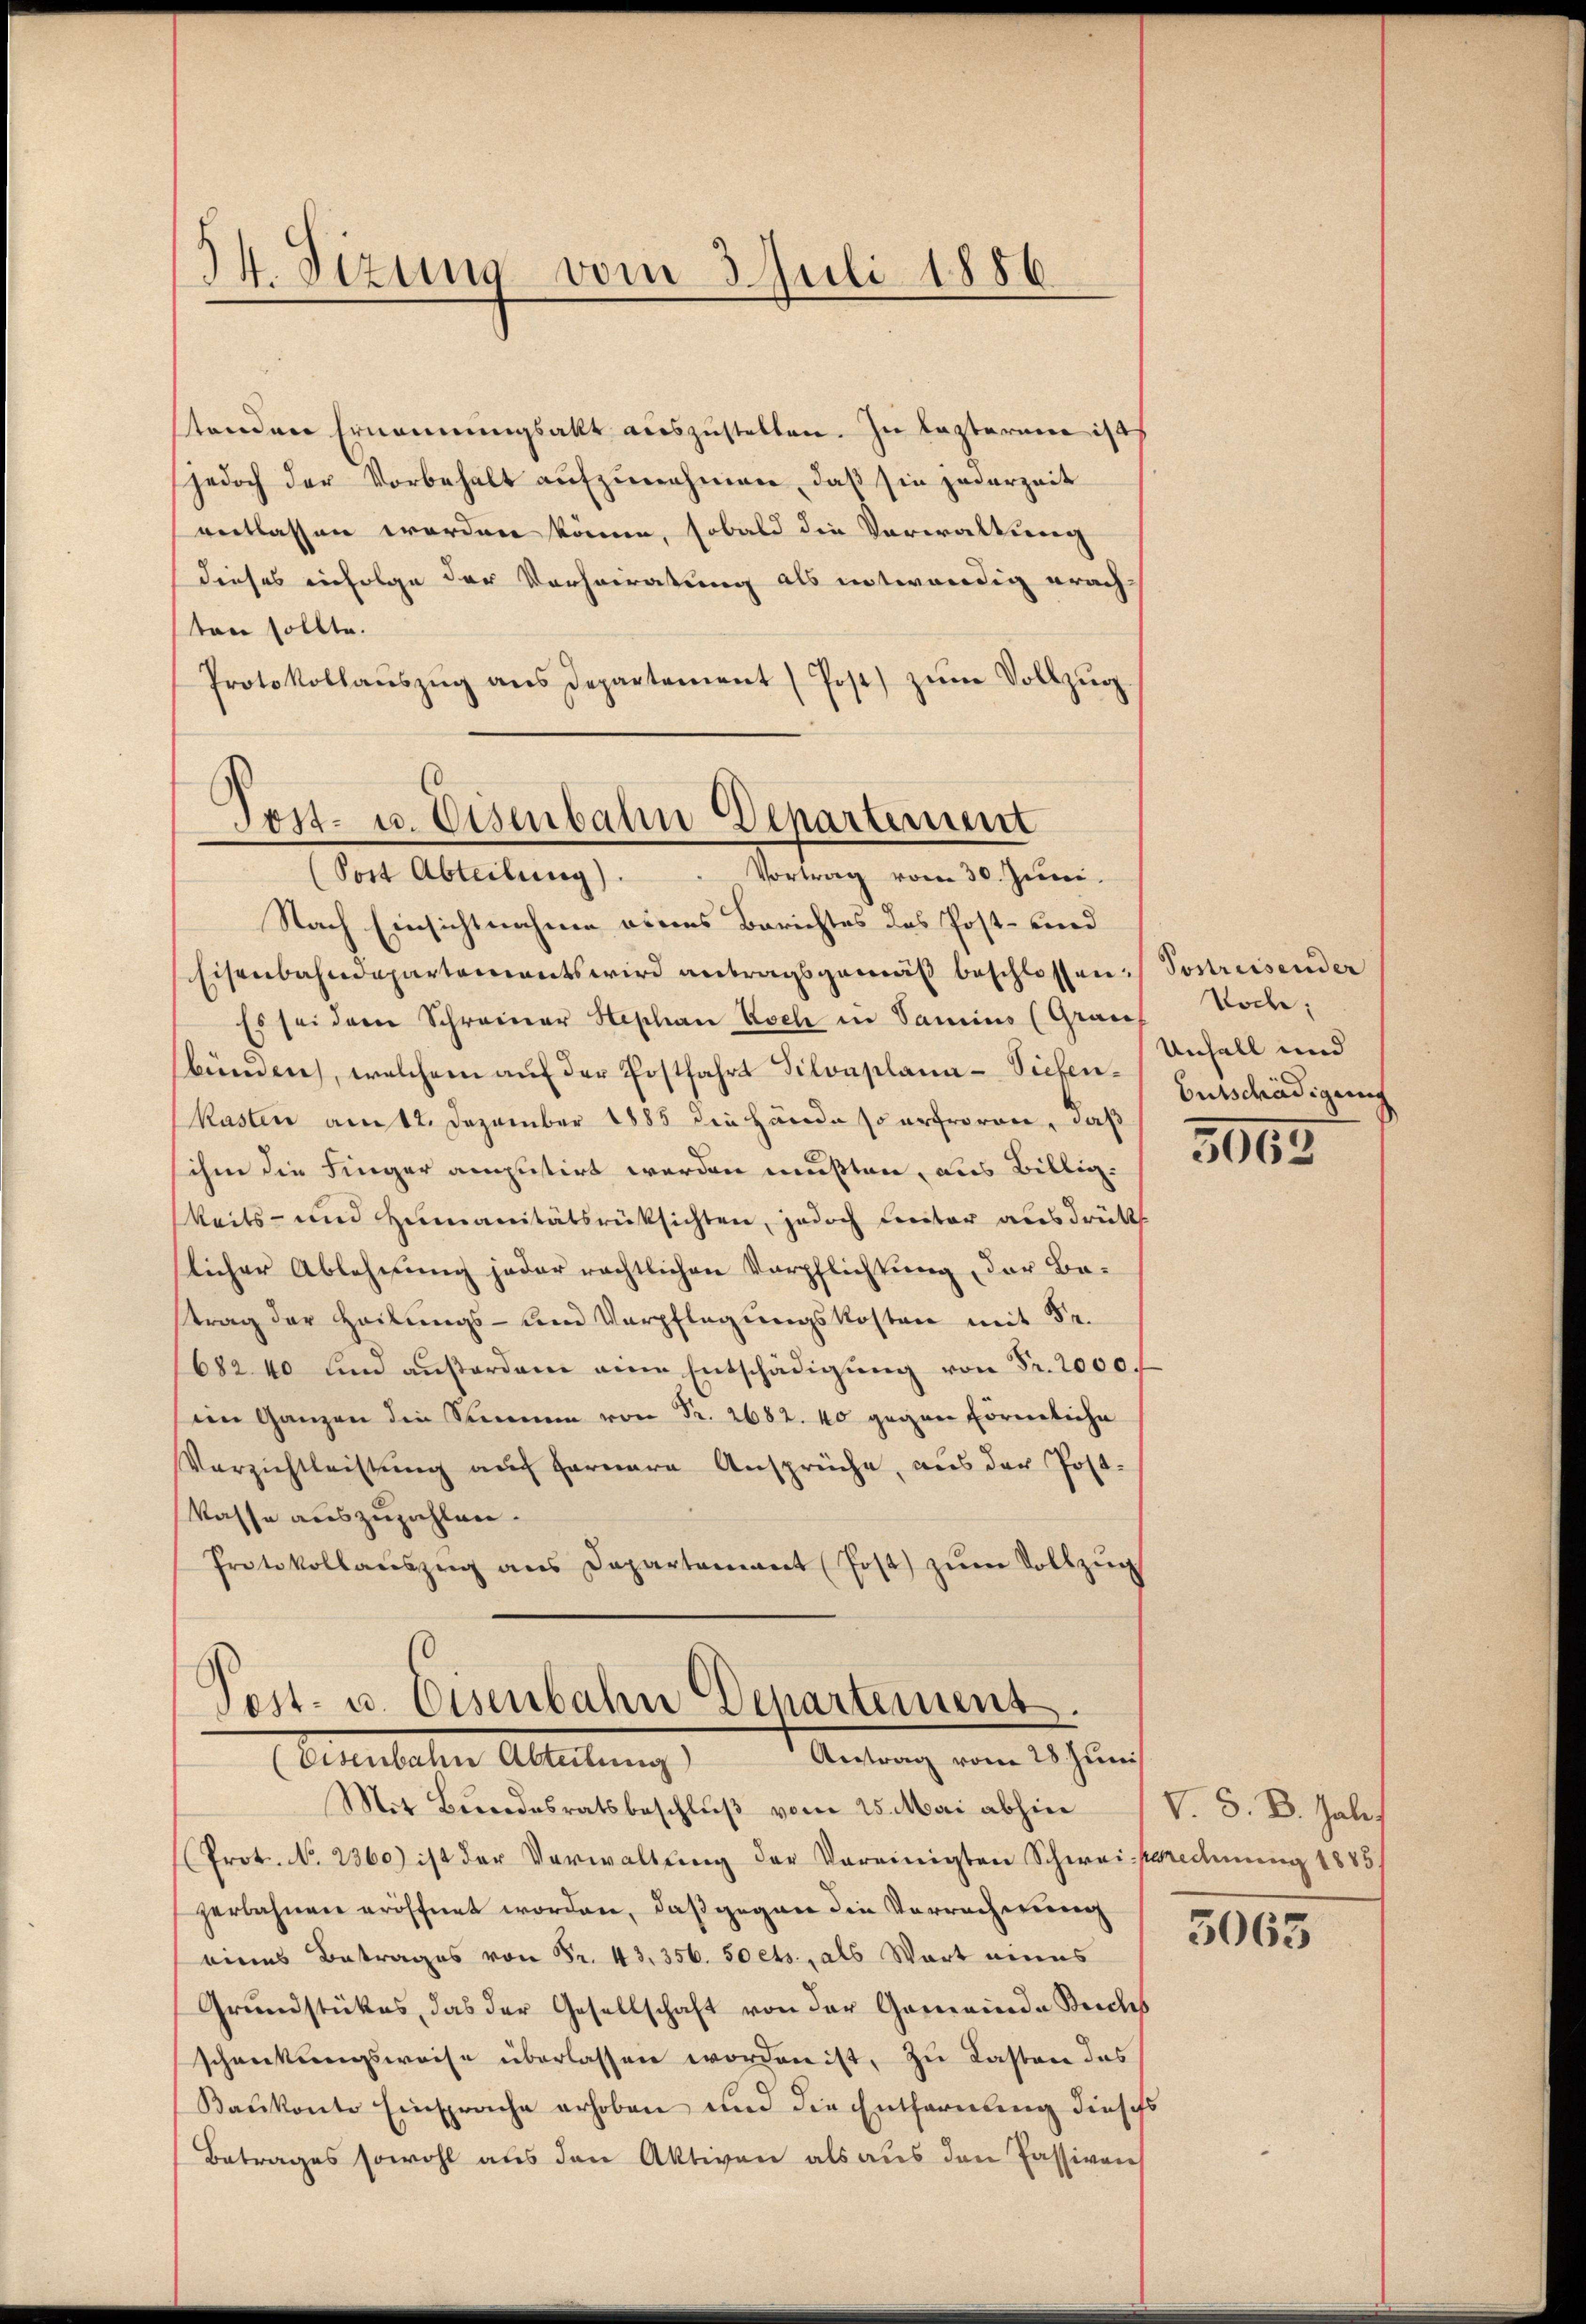
34. Sezung vom 3. Juli 1886

stenden Ernennungsakt auszustellen. Zu Lasteren ist
jedoch der Vorbehalt aŭfzŭnehmen, daβ sie jederzeit
eentlassen worden könne, sobald die Verwaltung
dieses einfolge der Vorheiratung als entwendig erach-
ten sollte.
Protokollaŭszŭg ans Departement (Post zŭm Vollzŭg

¬
Post- u. Eisenbahn Departement
Post Abteilung) . . Vortrag vom 30. Jŭni.
Nach Einsichtnahme ebens Berichtes des Post- und

Eisenbahndepartements wird antragsgemäß beschlossen: Sostreisender
Es sei dem Schreiner Hephan Koch in Samins (Grau
bünden, welchem auf der Postfahrt Silvaplana-Sichen¬
Kasten am 12. Dezember 1885 die Hände so erfroren, daß
sihen die Finger amputirt werden mußten, aus Billigkeits- und Humanitätsrücksichten, jedoch Freiter ausdrück
licher Ablehnung jeder rechtlichen Verpflichtung, der Be-
strag der Heilungs- und Verpflegungskosten mit Sr.
682 40 und aŭβerdam eine Entschädigŭng von Fr. 2000.
eim Ganzen die Sammen von Fr. 2682. 40 gegen Förmliche
Verzichtleistung auch fernere Ansprüche, aus der Post-
kasse auszuzahlen.
Protokollaŭszŭg ans Departament (Post zŭm Vollzŭg

Post- u. Eisenbahn Departement.
Antrag vom 28 Juni
Eisenbachen Abteilung
Mit Bundesratsbeschlŭβ vom 25. Mai abhin
Prot. No. 2360) ist der Verwaltung der Vereinigten Schwei-Berechnung 1885

zerbahnen eröffnet worden, daß gegen die Verrechnung
eines Betrages von Fr. 43. 356. So ets, als Wort eines
Grŭndstükes, das der Gesellschaft von der Gemeinde Beichs
schenkungsweise überlassen worden ist, zu Lasten des
Baukonte Einsprache erhoben und die Entfernung dieses
Betrages sowohl aus den Aktiven als aus den Passiven

Vode:
Unfall und
Entschädigung

3053

V. S. D. Gale.
5065